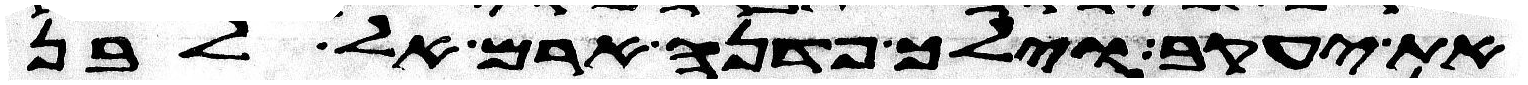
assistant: את יעקב וילך פדנה ארם אל לבן